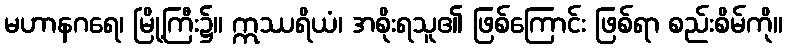
မဟာနဂရေ၊ မြို့ကြီး၌။ ဣဿရိယံ၊ အစိုးရသူ၏ ဖြစ်ကြောင်း ဖြစ်ရာ စည်းစိမ်ကို။